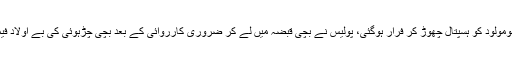
2015ء) نا معلوم ماں نومولود کو ہسپتال چھوڑ کر فرار ہوگئی، پولیس نے بچی قبضہ میں لے کر ضروری کارروائی کے بعد بچی چڑہوئی کی بے اولاد فیملی کے حوالے کر دی ۔